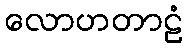
လောဟတာဠံ